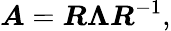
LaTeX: \boldsymbol{A}=\boldsymbol{R}\boldsymbol{\Lambda}\boldsymbol{R}^{-1},